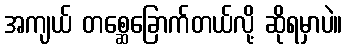
အကျယ် တစ္ဆေခြောက်တယ်လို့ ဆိုရမှာပဲ။